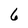
Character: 6